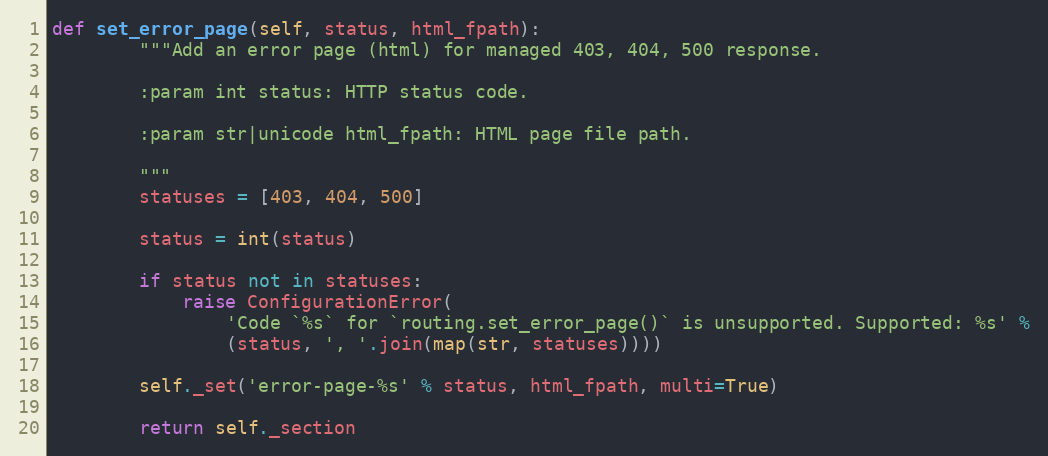
Language: Python
def set_error_page(self, status, html_fpath):
        """Add an error page (html) for managed 403, 404, 500 response.

        :param int status: HTTP status code.

        :param str|unicode html_fpath: HTML page file path.

        """
        statuses = [403, 404, 500]

        status = int(status)

        if status not in statuses:
            raise ConfigurationError(
                'Code `%s` for `routing.set_error_page()` is unsupported. Supported: %s' %
                (status, ', '.join(map(str, statuses))))

        self._set('error-page-%s' % status, html_fpath, multi=True)

        return self._section